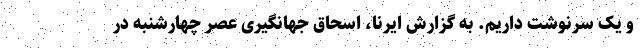
و یک سرنوشت داریم. به گزارش ایرنا، اسحاق جهانگیری عصر چهارشنبه در